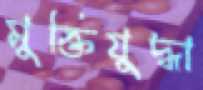
মুক্তিযুদ্ধা